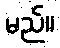
မည်။